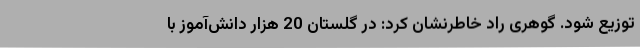
توزیع شود. گوهری راد خاطرنشان کرد: در گلستان 20 هزار دانش‌آموز با